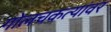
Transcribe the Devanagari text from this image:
गोलचकत्यांवर